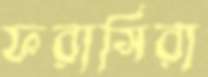
ফরাসিরা